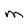
Character: M